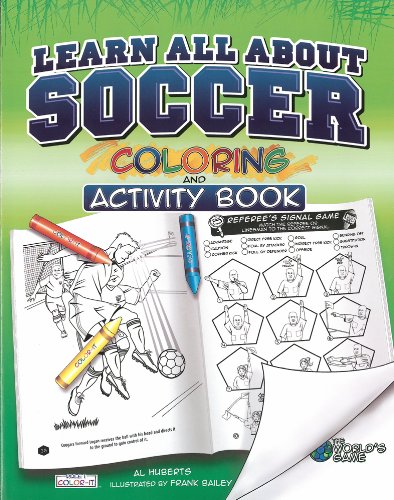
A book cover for Learn All About Soccer: Color and Activity (Rule 1, Sports Color and Activity Books); Al Huberts; Children's Books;